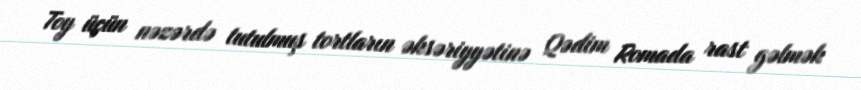
Toy üçün nəzərdə tutulmuş tortların əksəriyyətinə Qədim Romada rast gəlmək